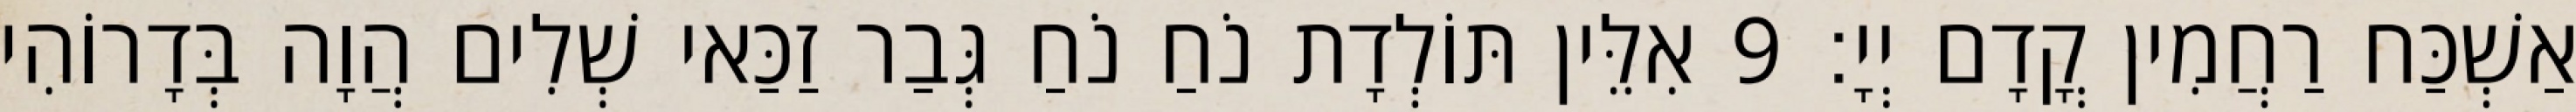
אַשְׁכַּח רַחֲמִין קֳדָם יְיָ׃ 9 אִלֵּין תּוֹלְדָת נֹחַ נֹחַ גְּבַר זַכַּאי שְׁלִים הֲוָה בְּדָרוֹהִי